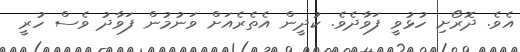
އެވެ. ދޮރޯށި ހުޅުވީ ފަވާދެވެ. ކުދީން އެތެރެއަށް ވަނުމުން ފަވާދު ވެސް ހުރީ